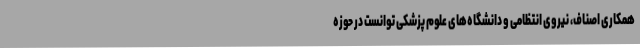
همکاری اصناف، نیروی انتظامی و دانشگاه‌های علوم پزشکی توانست در حوزه